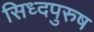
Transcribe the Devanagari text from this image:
सिध्दपुरुष